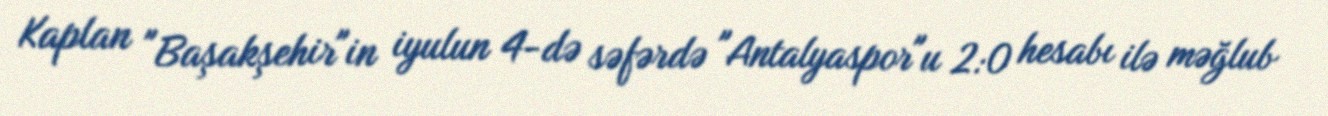
Kaplan "Başakşehir"in iyulun 4-də səfərdə "Antalyaspor"u 2:0 hesabı ilə məğlub